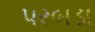
પરબડા